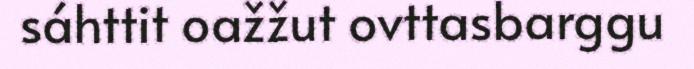
sáhttit oažžut ovttasbarggu